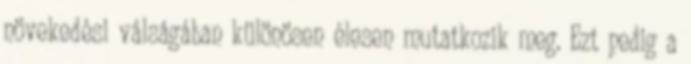
növekedési válságában különösen élesen mutatkozik meg. Ezt pedig a